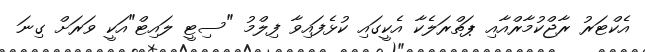
އެކްޓަރު ރާޖްކުމާރްއާއި ޕަތްރަލެކާ އެކީގައި ކުޅެފައިވާ ފިލްމު "ސިޓީ ލައިޓް"އަކީ ވަރަށް ގިނަ